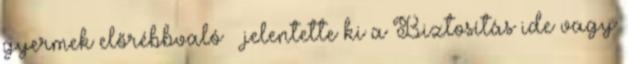
gyermek előrébbvaló – jelentette ki a Biztosítás ide vagy